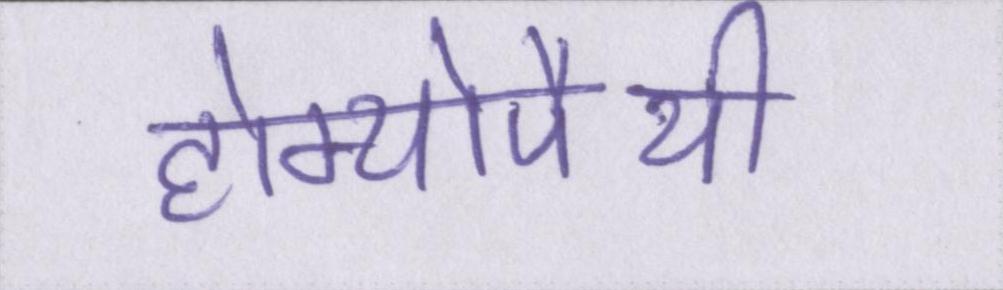
होम्योपैथी